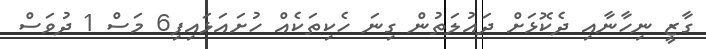
ގާޒީ ނިހާނާއި ދެކޮޅަށް ދައުލަތުން ގިނަ ހެކިތަކެއް ހުށައަޅައިފި6 މަސް 1 ދުވަސް